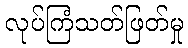
လုပ်ကြံသတ်ဖြတ်မှု